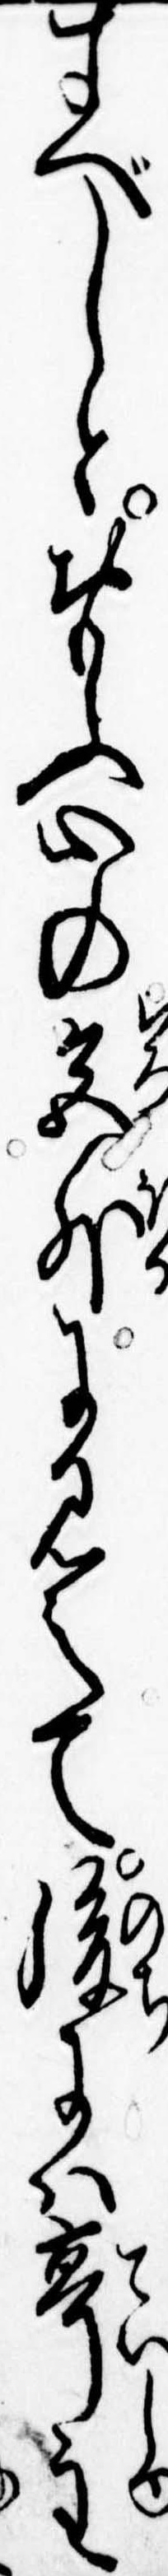
すべしとおもふ心の色外に見えて後には亭主